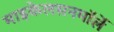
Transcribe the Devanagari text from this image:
माइकेलसनमॉर्ले